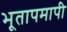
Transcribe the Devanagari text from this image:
भूतापमापी